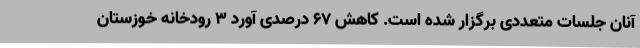
آنان جلسات متعددی برگزار شده است. کاهش 67 درصدی آورد 3 رودخانه خوزستان